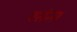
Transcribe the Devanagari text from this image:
पर्संन्स